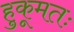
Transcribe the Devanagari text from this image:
हुकूमतः